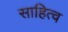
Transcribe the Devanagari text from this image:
साहित्व